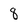
Character: 8